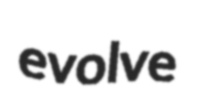
evolve